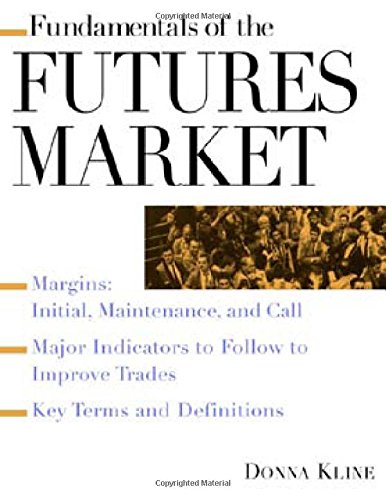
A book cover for Fundamentals of the Futures Market; Donna Kline; Business & Money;